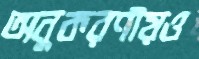
অনুকরণীয়ও